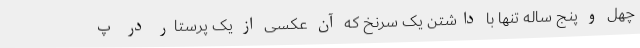
چهل و پنج ساله تنها با داشتن یک سرنخ که آن عکسی از یک پرستار در پ